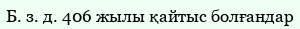
Б. з. д. 406 жылы қайтыс болғандар